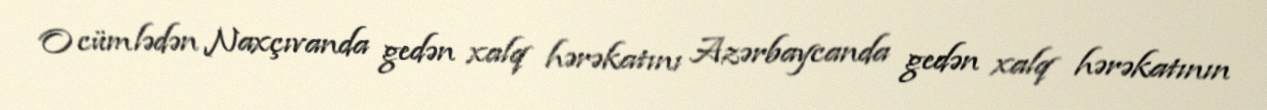
O cümlədən Naxçıvanda gedən xalq hərəkatını Azərbaycanda gedən xalq hərəkatının